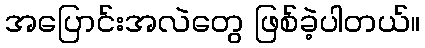
အပြောင်းအလဲတွေ ဖြစ်ခဲ့ပါတယ်။